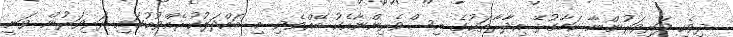
ދިވެހި ދަރިވަރުންނާ ކަމާގުޅޭ އިދާރާތަކުގެ އިސްވެރިންނާއެކު ބޭއްވެވި މި ބައްދަލުކުރެއްވުމުގައި ދަރިވަރުން ވަނީ